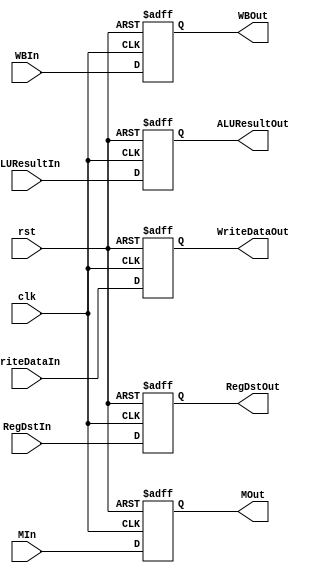
`timescale 1ns/1ns
module EXtoMEM(input clk, rst, input[1:0] WBIn, input[1:0] MIn, input[31:0] ALUResultIn, WriteDataIn, input[4:0] RegDstIn,
    output[1:0] WBOut, output[1:0] MOut, output[31:0] ALUResultOut, WriteDataOut, output[4:0] RegDstOut);
	reg[1:0] wbOut;
	reg[1:0] mOut;
	reg [31:0] aluResultOut, writeDataOut;
	reg [4:0] regDstOut;
	always@(posedge clk, posedge rst) begin
		{ wbOut, mOut, aluResultOut, writeDataOut, regDstOut } = 73'b0;
		if( rst ) begin
			wbOut <= 2'b0;
			mOut <= 2'b0;
			aluResultOut <= 32'b0;
			writeDataOut <= 32'b0;
			regDstOut <= 5'b0;
		end
		else begin
			wbOut <= WBIn;
			mOut <= MIn;
			aluResultOut <= ALUResultIn;
			writeDataOut <= WriteDataIn;
			regDstOut <= RegDstIn;
		end
	end
	assign WBOut = wbOut;
	assign MOut = mOut;
	assign ALUResultOut = aluResultOut;
	assign WriteDataOut = writeDataOut;
	assign RegDstOut = regDstOut;

endmodule